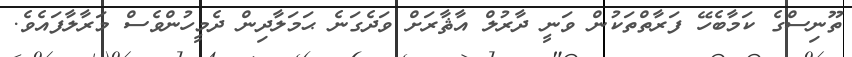
ތޫނިސްގެ ކަމާބެހޭ ފަރާތްތަކުން ވަނީ ދާރުލް އާޘާރަށް ވަދެގަނެ ޙަމަލާދިން ދެމީހުންވެސް މަރާލާފައެވެ.